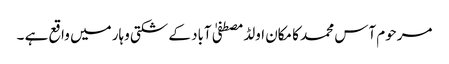
مرحوم آس محمد کا مکان اولڈمصطفیٰ آباد کے شکتی وہار میں واقع ہے ۔